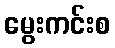
မွေးကင်းစ